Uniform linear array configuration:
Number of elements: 8
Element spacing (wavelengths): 0.25
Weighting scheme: blackman
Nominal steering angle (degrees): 45
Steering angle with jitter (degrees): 43.835
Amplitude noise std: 0.05
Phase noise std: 0.05

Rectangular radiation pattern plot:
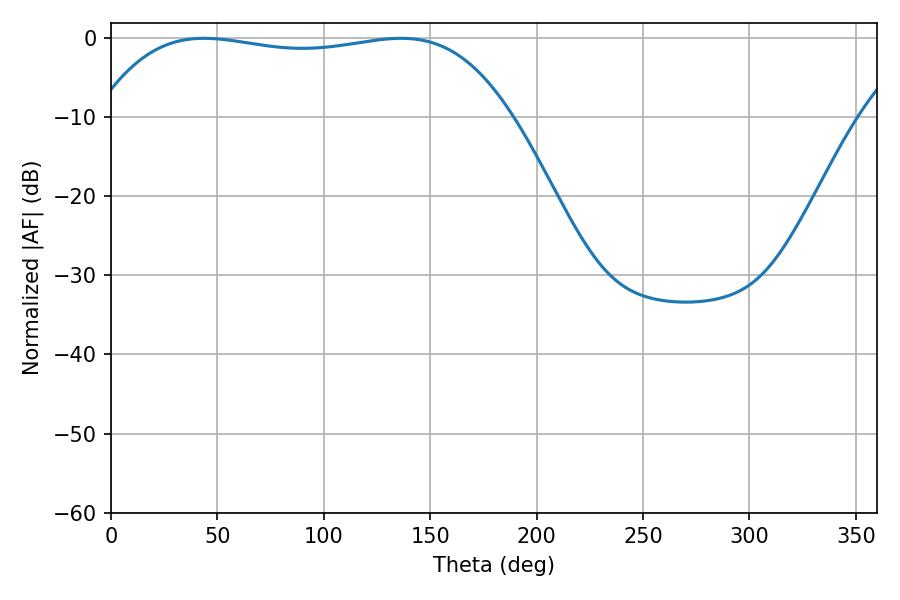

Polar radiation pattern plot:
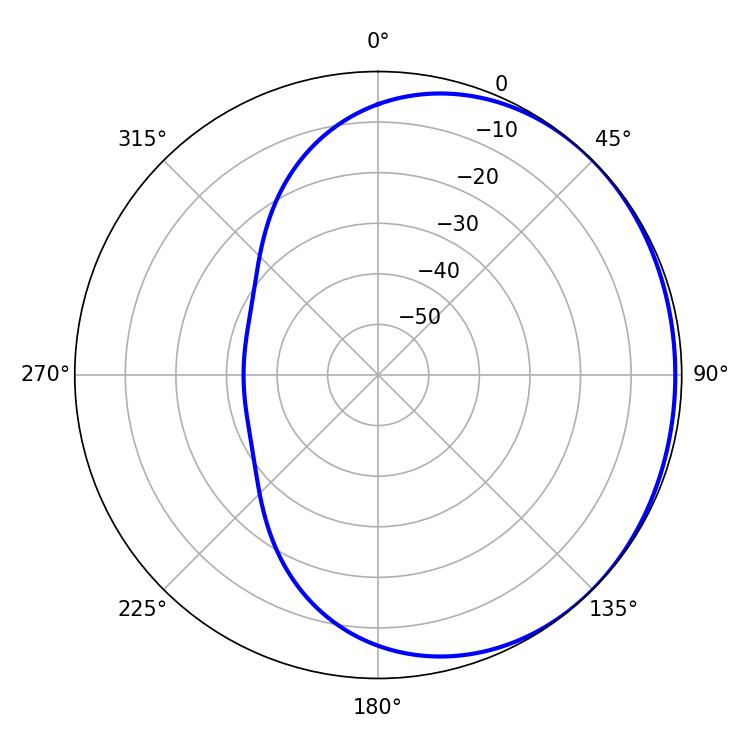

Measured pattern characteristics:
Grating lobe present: FALSE
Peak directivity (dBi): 0.7589
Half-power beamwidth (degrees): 154.8
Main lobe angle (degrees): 43.74